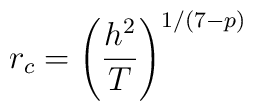
r_c = \left(\frac{h^2}{T}\right)^{1/(7-p)}